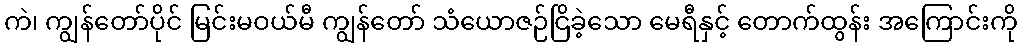
ကဲ၊ ကျွန်တော်ပိုင် မြင်းမဝယ်မီ ကျွန်တော် သံယောဇဉ်ငြိခဲ့သော မေရီနှင့် တောက်ထွန်း အကြောင်းကို